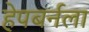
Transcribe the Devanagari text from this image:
हेपबर्नला